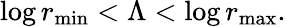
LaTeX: \log r_{\operatorname*{min}}<\Lambda<\log r_{\operatorname*{max}}.